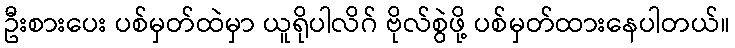
ဦးစားပေး ပစ်မှတ်ထဲမှာ ယူရိုပါလိဂ် ဗိုလ်စွဲဖို့ ပစ်မှတ်ထားနေပါတယ်။